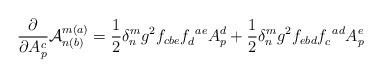
LaTeX: \begin{align*}\frac{\partial}{\partial A_p^c}{\cal A}_{n(b)}^{m(a)} =\frac{1}{2}\delta_n^mg^2f_{cbe}f_d^{~ae}A_p^d+\frac{1}{2}\delta_n^m g^2f_{ebd}f_c^{~ad}A_p^e\end{align*}